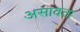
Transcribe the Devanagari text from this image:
असावता